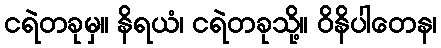
ငရဲတခုမှ။ နိရယံ၊ ငရဲတခုသို့။ ဝိနိပါတေန၊